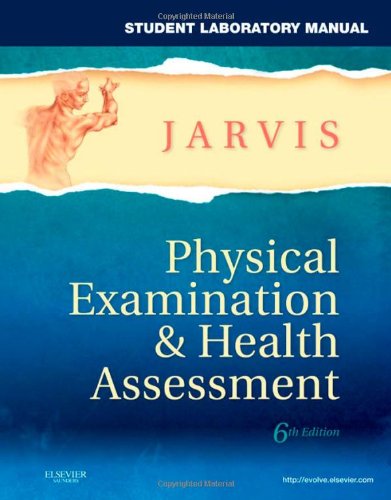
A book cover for Physical Examination & Health Assessment, Student Laboratory Manual, 6th Edition; Carolyn Jarvis; Medical Books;